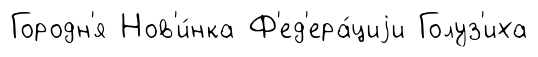
Городн'я Нов'и́нка Ф'ед'ера́циjи Голуз'иха